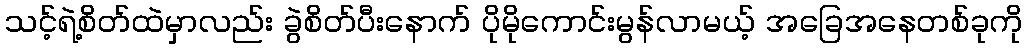
သင့်ရဲ့စိတ်ထဲမှာလည်း ခွဲစိတ်ပီးနောက် ပိုမိုကောင်းမွန်လာမယ့် အခြေအနေတစ်ခုကို